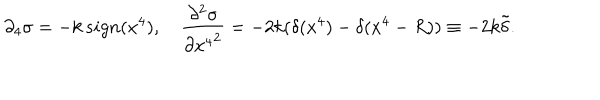
\partial _ { 4 } \sigma = - k \, s i g n ( x ^ { 4 } ) , \quad \frac { \partial ^ { 2 } \sigma } { \partial { x ^ { 4 } } ^ { 2 } } = - 2 k ( \delta ( x ^ { 4 } ) - \delta ( x ^ { 4 } - R ) ) \equiv - 2 k \tilde { \delta } .